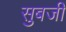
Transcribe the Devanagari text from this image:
सुबजी